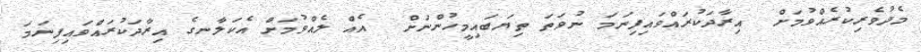
މެދުވެރިކުރެއްވުމަށް  އިރާދަކުރައްވައިފިނަމަ ނުވަތަ ތިޔަބައިމީހުންނަށް  އެއް ލެއްވުމަށް އެކަލާނގެ އިރާދަކުރައްވައިފިނަމަ